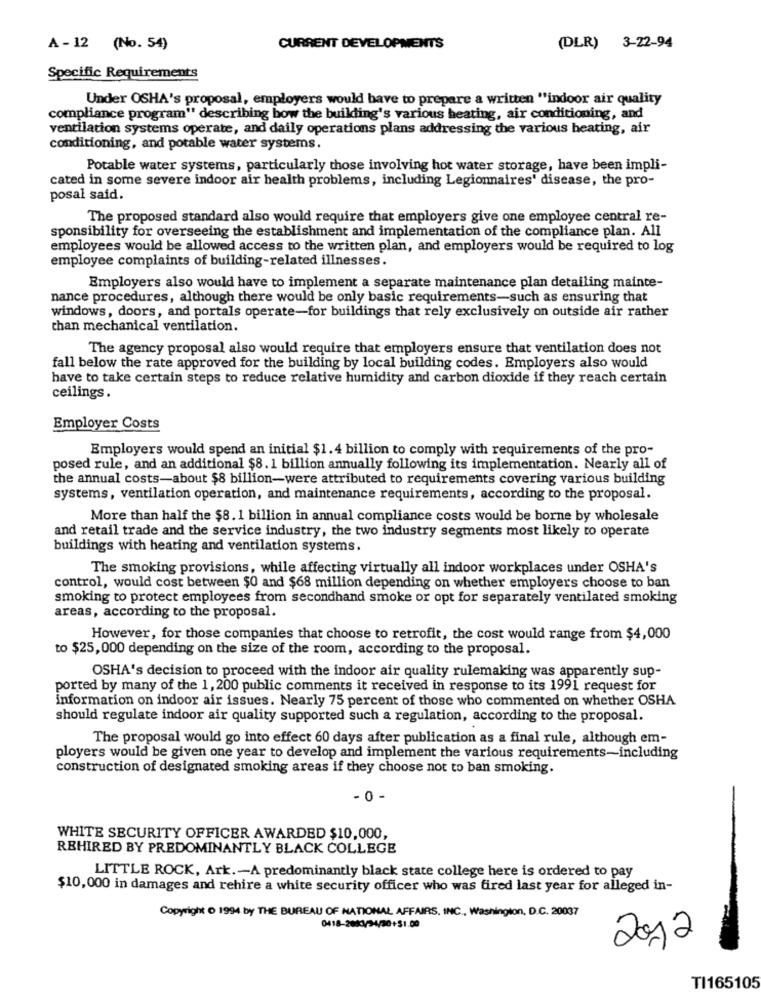
(DLR) 3-22-94
A - 12 (No. 54)
CURRENT DEVELOPMENTS
Specific Requirements
Under OSHA's proposal, employers would have to prepare a written "indoor air quality
compliance program" describing bow the building's various heating, air conditioning, and
ventilation systems operate, and daily operations plans addressing the various heating, air
conditioning, and potable water systems.
Potable water systems, particularly those involving hot water storage, have been impli-
cated in some severe indoor air health problems, including Legionnaires' disease, the pro-
posal said.
The proposed standard also would require that employers give one employee central re-
sponsibility for overseeing the establishment and implementation of the compliance plan. All
employees would be allowed access to the written plan, and employers would be required to log
employee complaints of building-related illnesses.
Employers also would have to implement a separate maintenance plan detailing mainte-
nance procedures, although there would be only basic requirements-such as ensuring that
windows, doors, and portals operate-for buildings that rely exclusively on outside air rather
than mechanical ventilation.
The agency proposal also would require that employers ensure that ventilation does not
fall below the rate approved for the building by local building codes. Employers also would
have to take certain steps to reduce relative humidity and carbon dioxide if they reach certain
ceilings.
Employer Costs
Employers would spend an initial $1.4 billion to comply with requirements of the pro-
posed rule, and an additional $8.1 billion annually following its implementation. Nearly all of
the annual costs-about $8 billion-were attributed to requirements covering various building
systems, ventilation operation, and maintenance requirements, according to the proposal.
More than half the $8. 1 billion in annual compliance costs would be borne by wholesale
and retail trade and the service industry, the two industry segments most likely to operate
buildings with heating and ventilation systems.
The smoking provisions, while affecting virtually all indoor workplaces under OSHA's
control, would cost between $0 and $68 million depending on whether employers choose to ban
smoking to protect employees from secondhand smoke or opt for separately ventilated smoking
areas, according to the proposal.
However, for those companies that choose to retrofit, the cost would range from $4,000
to $25,000 depending on the size of the room, according to the proposal.
OSHA's decision to proceed with the indoor air quality rulemaking was apparently sup-
ported by many of the 1, 200 public comments it received in response to its 1991 request for
information on indoor air issues. Nearly 75 percent of those who commented on whether OSHA
should regulate indoor air quality supported such a regulation, according to the proposal.
The proposal would go into effect 60 days after publication as a final rule, although em-
ployers would be given one year to develop and implement the various requirements-including
construction of designated smoking areas if they choose not to ban smoking.
- 0 -
WHITE SECURITY OFFICER AWARDED $10,000,
REHIRED BY PREDOMINANTLY BLACK COLLEGE
LITTLE ROCK, Ark .- A predominantly black state college here is ordered to pay
$10,000 in damages and rehire a white security officer who was fired last year for alleged in-
Copyright o 1994 by THE BUREAU OF NATIONAL AFFAIRS, INC ., Washington, D.C. 20037
0418-208:1/34/30+51.00
2012
TI165105